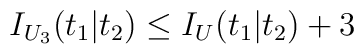
I_{U_3}(t_1|t_2)\leq I_U(t_1|t_2) + 3